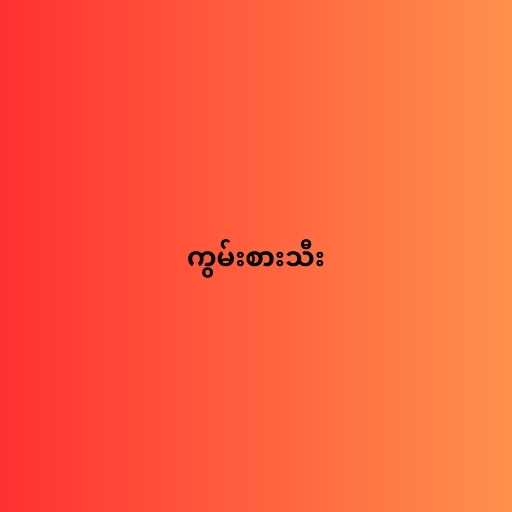
ကွမ်းစားသီး